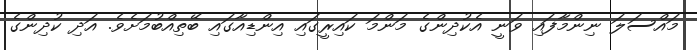
މައްސަލަ ނިންމާފައި ވަނީ އެކުދިންގެ މަންމަ ކައިރީގައި އިންޑިއާގައި ބޭތިއްބުމަށެވެ. އަދި ކުދިންގެ